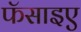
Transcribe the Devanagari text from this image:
फॅसाइए